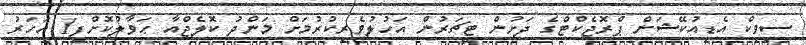
ސިވިކް އެޑިއުކޭޝަން ޕްރޮޖެކްޓްގެ ދަށުން ޓީޗަރުން އަހުލުވެރިކުރުމަށް މަންދު ކޮލެޖްއާ ޙަވާލުކޮށްފި1 އަހަރު